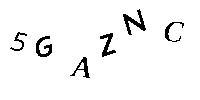
5GAZNC